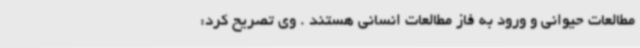
مطالعات حیوانی و ورود به فاز مطالعات انسانی هستند . وی تصریح کرد: